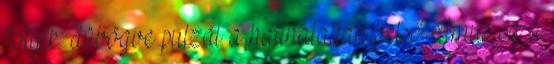
folyik: dübögve pulzál a hallhatatlan belső ritmus sa a